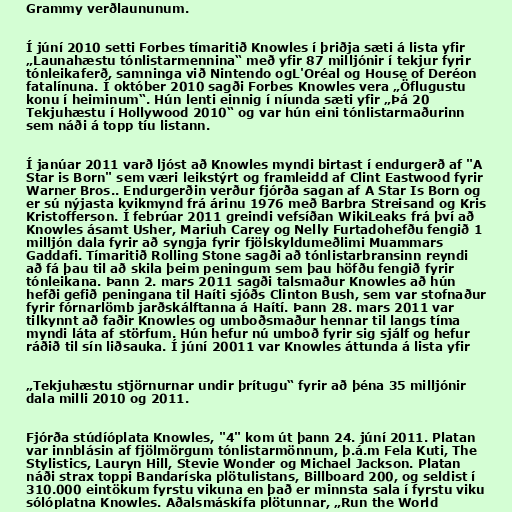
Grammy verðlaununum.

Í júní 2010 setti Forbes tímaritið Knowles í þriðja sæti á lista yfir
„Launahæstu tónlistarmennina“ með yfir 87 milljónir í tekjur fyrir
tónleikaferð, samninga við Nintendo ogL'Oréal og House of Deréon
fatalínuna. Í október 2010 sagði Forbes Knowles vera „Öflugustu
konu í heiminum“. Hún lenti einnig í níunda sæti yfir „Þá 20
Tekjuhæstu í Hollywood 2010“ og var hún eini tónlistarmaðurinn
sem náði á topp tíu listann.

Í janúar 2011 varð ljóst að Knowles myndi birtast í endurgerð af "A
Star is Born" sem væri leikstýrt og framleidd af Clint Eastwood fyrir
Warner Bros.. Endurgerðin verður fjórða sagan af A Star Is Born og
er sú nýjasta kvikmynd frá árinu 1976 með Barbra Streisand og Kris
Kristofferson. Í febrúar 2011 greindi vefsíðan WikiLeaks frá því að
Knowles ásamt Usher, Mariuh Carey og Nelly Furtadohefðu fengið 1
milljón dala fyrir að syngja fyrir fjölskyldumeðlimi Muammars
Gaddafi. Tímaritið Rolling Stone sagði að tónlistarbransinn reyndi
að fá þau til að skila þeim peningum sem þau höfðu fengið fyrir
tónleikana. Þann 2. mars 2011 sagði talsmaður Knowles að hún
hefði gefið peningana til Haíti sjóðs Clinton Bush, sem var stofnaður
fyrir fórnarlömb jarðskálftanna á Haítí. Þann 28. mars 2011 var
tilkynnt að faðir Knowles og umboðsmaður hennar til langs tíma
myndi láta af störfum. Hún hefur nú umboð fyrir sig sjálf og hefur
ráðið til sín liðsauka. Í júní 20011 var Knowles áttunda á lista yfir

„Tekjuhæstu stjörnurnar undir þrítugu“ fyrir að þéna 35 milljónir
dala milli 2010 og 2011.

Fjórða stúdíóplata Knowles, "4" kom út þann 24. júní 2011. Platan
var innblásin af fjölmörgum tónlistarmönnum, þ.á.m Fela Kuti, The
Stylistics, Lauryn Hill, Stevie Wonder og Michael Jackson. Platan
náði strax toppi Bandaríska plötulistans, Billboard 200, og seldist í
310.000 eintökum fyrstu vikuna en það er minnsta sala í fyrstu viku
sólóplatna Knowles. Aðalsmáskífa plötunnar, „Run the World